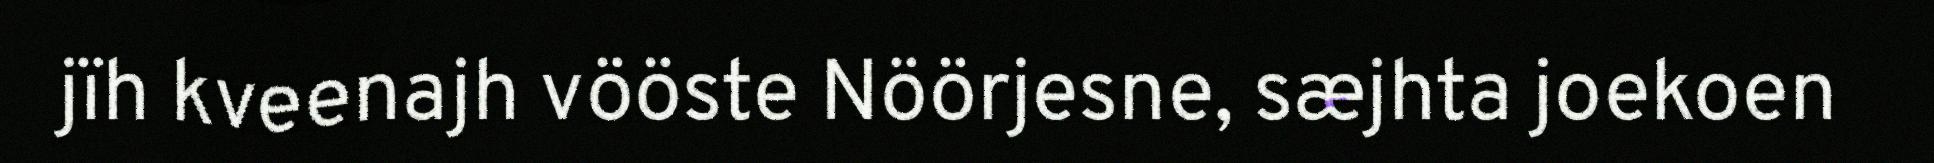
jïh kveenajh vööste Nöörjesne, sæjhta joekoen